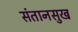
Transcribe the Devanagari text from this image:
संतानसुख